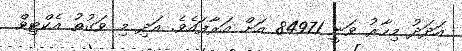
އަދަދު މިހާރު ވަނީ 84971 އަށް އަރާފައެވެ. އަދި މި ވަގުތު އެކްޓިވް